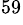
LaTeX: ^{59}